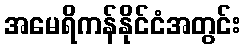
အမေရိကန်နိုင်ငံအတွင်း